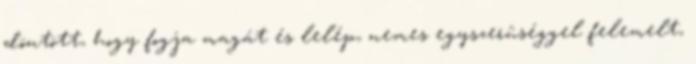
döntött, hogy fogja magát és lelép, nemes egyszerûséggel felemelt,